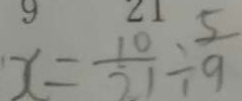
x = \frac { 1 0 } { 2 1 } \div \frac { 5 } { 9 }